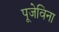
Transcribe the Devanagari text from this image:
पूजेविना